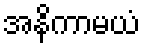
အနိကာမယံ